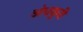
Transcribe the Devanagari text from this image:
अंधकुरी